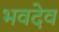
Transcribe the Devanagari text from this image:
भवदेव